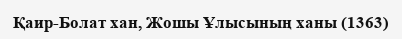
Қаир-Болат хан, Жошы Ұлысының ханы (1363)